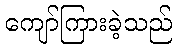
ကျော်ကြားခဲ့သည်